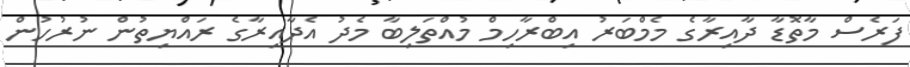
ފަރެސް މާތޮޑާ ދާއިރާގެ މެމްބަރު އިބްރާހިމް މުއްތަލިބާ މެދު އެދާއިރާގެ ރައްޔިތުން ނުރުހުން